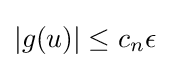
|g(u)|\leq c_{n}\epsilon